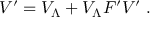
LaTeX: V ^ { \prime } = V _ { \Lambda } + V _ { \Lambda } F ^ { \prime } V ^ { \prime } \; .